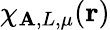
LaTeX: \chi_{\mathbf{A},L,\mu}(\mathbf{{r}})